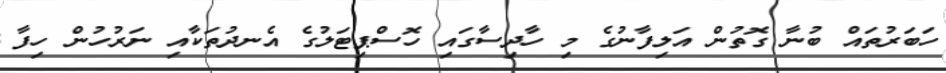
ހަބަރުތައް ބުނާ ގޮތުން އަލިފާނުގެ މި ހާދިސާގައި ހޮސްޕިޓަލުގެ އެނދުތަކާއި ނަރުހުން ހިފާ